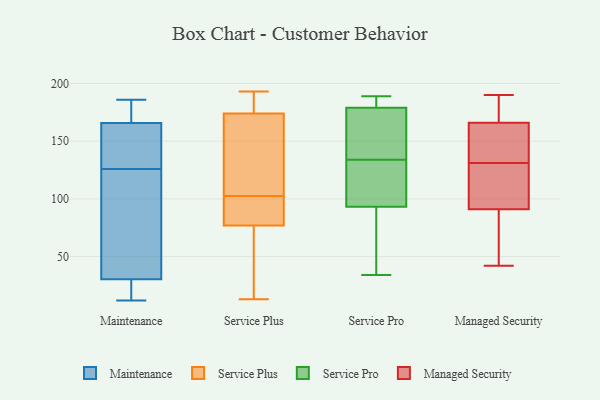
{"axis": {"x": "Operating Costs (USD K)", "y": "Value"}, "legend": ["Maintenance", "Managed Security", "Service Plus", "Service Pro"], "data": [{"x": "", "y": 166, "type": "Maintenance"}, {"x": "", "y": 12, "type": "Maintenance"}, {"x": "", "y": 156, "type": "Maintenance"}, {"x": "", "y": 25, "type": "Maintenance"}, {"x": "", "y": 152, "type": "Maintenance"}, {"x": "", "y": 109, "type": "Maintenance"}, {"x": "", "y": 183, "type": "Maintenance"}, {"x": "", "y": 186, "type": "Maintenance"}, {"x": "", "y": 147, "type": "Maintenance"}, {"x": "", "y": 174, "type": "Maintenance"}, {"x": "", "y": 165, "type": "Maintenance"}, {"x": "", "y": 25, "type": "Maintenance"}, {"x": "", "y": 172, "type": "Maintenance"}, {"x": "", "y": 27, "type": "Maintenance"}, {"x": "", "y": 47, "type": "Maintenance"}, {"x": "", "y": 126, "type": "Maintenance"}, {"x": "", "y": 34, "type": "Maintenance"}, {"x": "", "y": 89, "type": "Maintenance"}, {"x": "", "y": 29, "type": "Maintenance"}, {"x": "", "y": 88, "type": "Service Plus"}, {"x": "", "y": 174, "type": "Service Plus"}, {"x": "", "y": 106, "type": "Service Plus"}, {"x": "", "y": 83, "type": "Service Plus"}, {"x": "", "y": 193, "type": "Service Plus"}, {"x": "", "y": 192, "type": "Service Plus"}, {"x": "", "y": 13, "type": "Service Plus"}, {"x": "", "y": 119, "type": "Service Plus"}, {"x": "", "y": 99, "type": "Service Plus"}, {"x": "", "y": 174, "type": "Service Plus"}, {"x": "", "y": 37, "type": "Service Plus"}, {"x": "", "y": 71, "type": "Service Plus"}, {"x": "", "y": 185, "type": "Service Pro"}, {"x": "", "y": 189, "type": "Service Pro"}, {"x": "", "y": 61, "type": "Service Pro"}, {"x": "", "y": 82, "type": "Service Pro"}, {"x": "", "y": 127, "type": "Service Pro"}, {"x": "", "y": 180, "type": "Service Pro"}, {"x": "", "y": 168, "type": "Service Pro"}, {"x": "", "y": 134, "type": "Service Pro"}, {"x": "", "y": 176, "type": "Service Pro"}, {"x": "", "y": 34, "type": "Service Pro"}, {"x": "", "y": 129, "type": "Service Pro"}, {"x": "", "y": 135, "type": "Managed Security"}, {"x": "", "y": 93, "type": "Managed Security"}, {"x": "", "y": 78, "type": "Managed Security"}, {"x": "", "y": 129, "type": "Managed Security"}, {"x": "", "y": 128, "type": "Managed Security"}, {"x": "", "y": 42, "type": "Managed Security"}, {"x": "", "y": 165, "type": "Managed Security"}, {"x": "", "y": 149, "type": "Managed Security"}, {"x": "", "y": 169, "type": "Managed Security"}, {"x": "", "y": 85, "type": "Managed Security"}, {"x": "", "y": 131, "type": "Managed Security"}, {"x": "", "y": 182, "type": "Managed Security"}, {"x": "", "y": 190, "type": "Managed Security"}]}